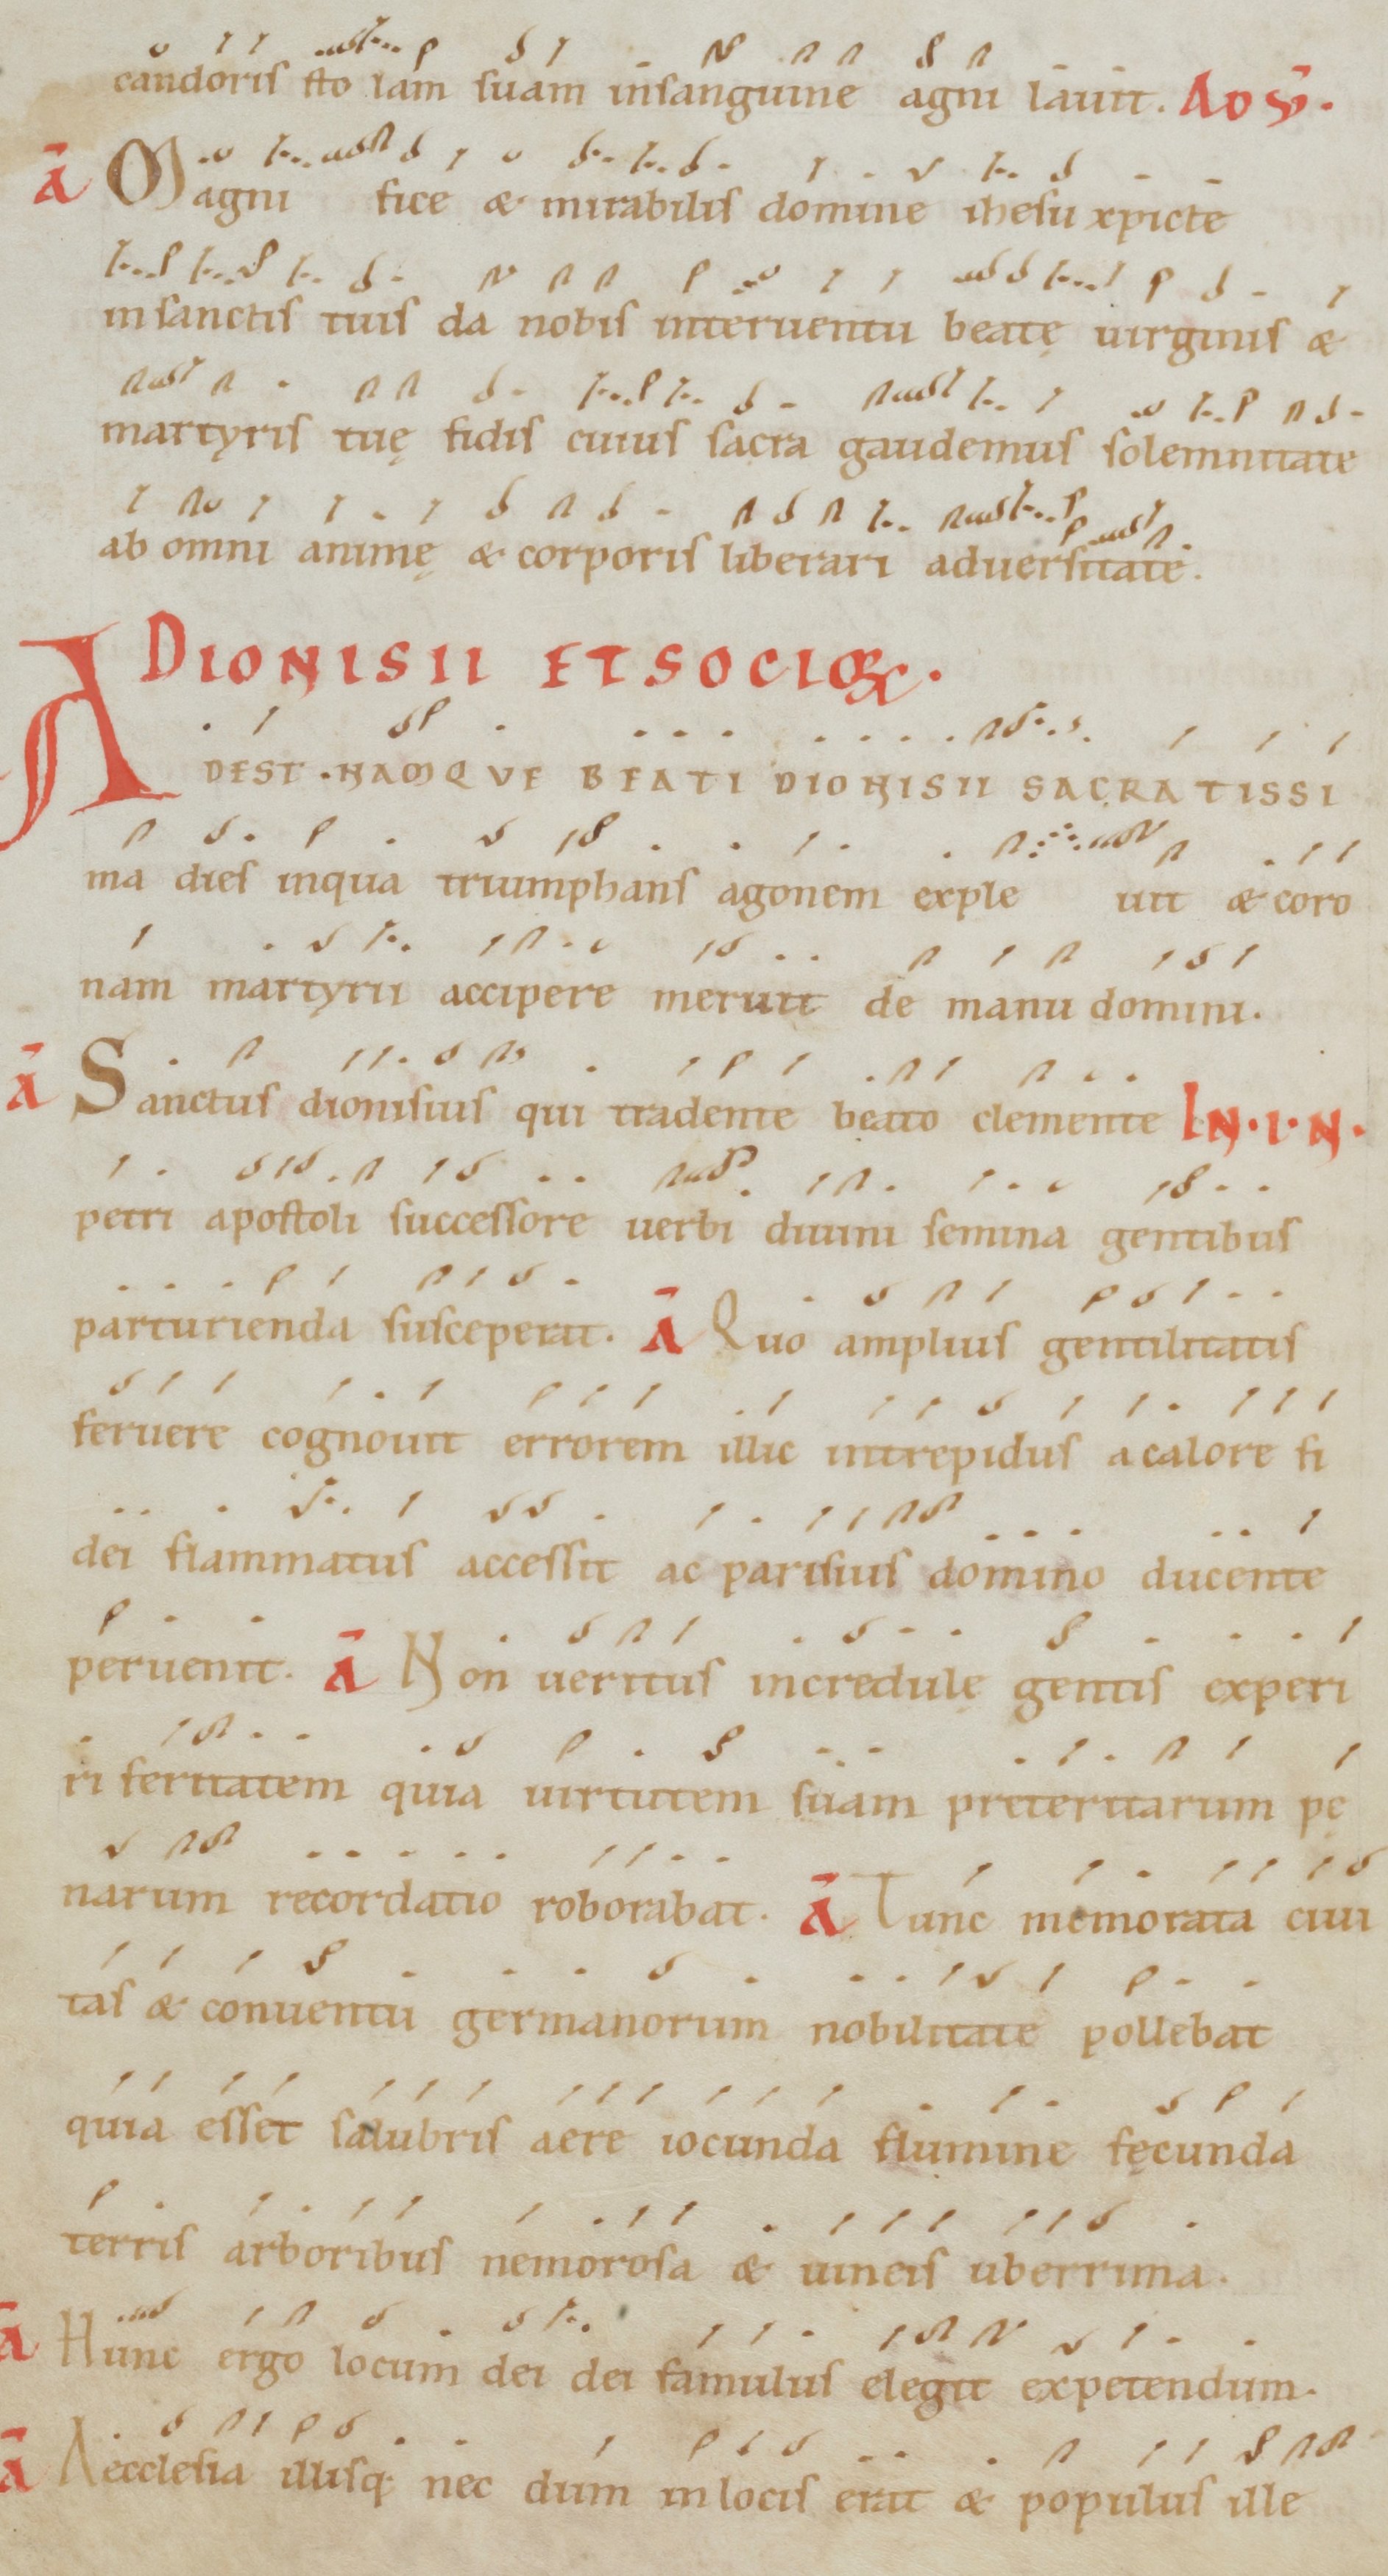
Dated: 1100–1199